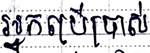
អ្នកប្រើប្រាស់